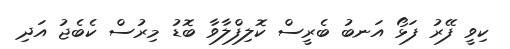
ކިވީ ފޭރު ފަޅޯ އަނބު ބެރީސް ކޮލިފްލާވާ ބޮޑު މިރުސް ކެބެޖު އަދި